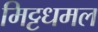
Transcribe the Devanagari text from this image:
मिट्टधमल